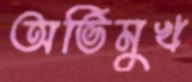
অভিমুখ